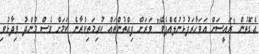
އެގޮތުން "ރައީސަށް އަވަހާރަފުޅުނުލެއްޕެވޭ" ވަރަށް ފިއްތުންތައް ކުރިމަތިކުރާނެ ކަމަށް ވެސް މުންދު ވިދާޅުވި